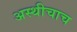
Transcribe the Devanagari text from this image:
अस्थीचाच